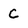
Character: C